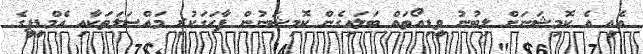
އެއީ އެ ކޮމިޝަނަށް ލިބުނު ވީޑިއޯތައް ބަލައިގެން ކޮމިޝަނުން ފާހަގަކުރި މައްސަލަތަކާއި އެމްޑީޕީގެ